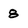
Character: 8